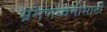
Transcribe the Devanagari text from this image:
भ्रमणध्वनीसाठी